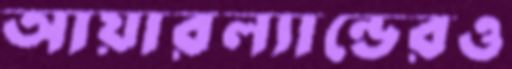
আয়ারল্যান্ডেরও